King Institute of Preventive Medicine Bacteriolog. Section reports 1907-08
Year: 1907
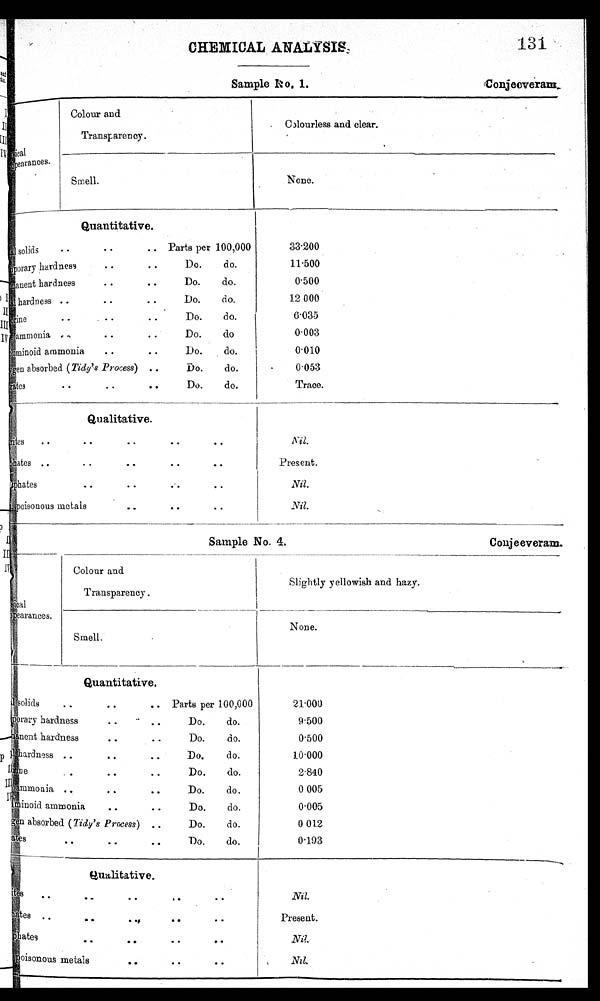
CHEMICAL ANALYSIS.
131
Sample I.
C o n j e e v e r a m
.
P h y s i c a l
appearances. .
Colour and
Transparency.
Colourless and clear.
Smell.
None.
Quantitative.
solids
. . . . .. Parts per 100,000
Temporary hard ness
. . . . Do. do.
anent hardness
. . .. Do. do.
. .
hardness .
..
.
Do.
do.
Chlorine
. . . . . . Do. do.
ammonia —
. . . . . Do. do
Albuminoid ammonia
. . . . Do. do.
Oxygen
Oxygen absorbed (Tidys Process) .. Do. do
. . . .
Nitrates Do. do.
3 3 . 2 0 0
11.500
0.500
12 000
6 . 0 3 5
0.003
0.010
.
0 . 053
Trace.
- —
Qualitative.
. .
Nitrites .. . .. . . .
Sulphates .. . .
. . .. . .
. .
Phosphates .. . .
Poisonous metals..
. . . .
Nil.
Present.
Nil.
- .
-
-
Sample No. 4.
C o n j e e v e r a m
P h y s i c a l
appearances.
Colour and
Transparency.
Slightly yellowish and hazy,
Smell..
None.
Quantitative.
_
T o t a l s o l i d s
. .
. .
. .
P a r t s p e r
1 0 0 , 0 0 0
T e m p o r a r y h a r d n e s s
. .
.. .. D o .
d o .
P e r m a n e n t
h a r d n e s s
. .
. .
D o .
d o .
T o t a l h a r d n e s s
. .
. .
. .
D o .
d o .
Do.
do.
C h l o r i n e .
. . .
. . A m m o n i a
..
. . . .
D o .
d o .
Albuminoid ammonia
Do. do.
.
. . .
O x y g e n
a b s o r b e d
( T i d y ' s P r o c e s s )
. .
D o .
d o .
s
. .
. .
. .
D o .
d o .
-
21.000
9.500
0.500
10.000
2.840
0 005
0.005
0 012
0.193
qualitative.
Nitrites.. .
. a
. .
..
..
. S u l p h
e s
. .
. . . ,
. .
. .
P h o s p h a t e s . .
. .
- .
. .
I r o n , p o i s o n o u s
m e t a l s . .
. .
. .
Nil.
Present.
N i l .
N i l .